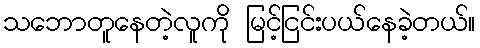
သဘောတူနေတဲ့လူကို မြင့်ငြင်းပယ်နေခဲ့တယ်။